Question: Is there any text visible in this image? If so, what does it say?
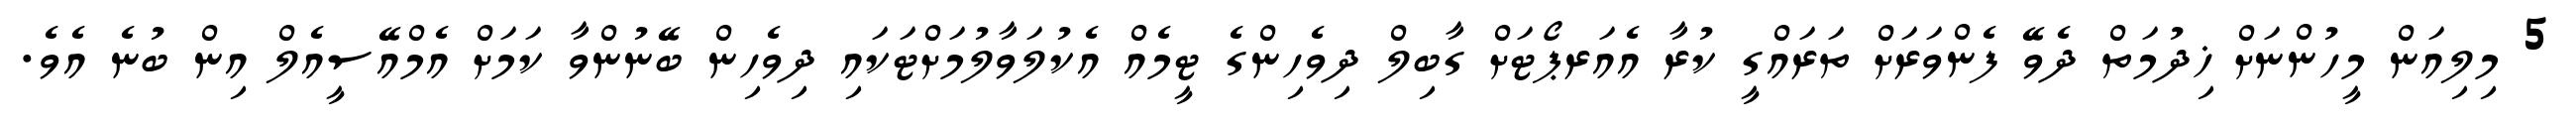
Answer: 5 މިލިއަން މީހުންނަށް ޚިދުމަތް ދެވޭ ފެންވަރަށް ތަރައްގީ ކުރާ އެއަރޕޯޓަށް ގާބިލް ދިވެހިންގެ ޓީމެއް އެކުލަވާލުމަށްޓަކައި ދިވެހިން ބޭނުންވާ ކަމަށް އެމްއޭސީއެލް އިން ބުނެ އެވެ.